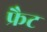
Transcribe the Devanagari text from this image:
फ्रैट